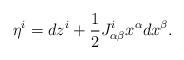
LaTeX: \begin{align*}\eta^i = dz^i + \frac{1}{2}J^i_{\alpha\beta} x^\alpha dx^\beta.\end{align*}